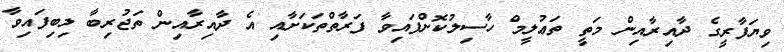
ވިޔަފާރީގެ ދާއިރާއިން މަތީ ތަޢުލީމް ހާސިލުކޮށްފައިވާ ފަރާތްތަކަށާއި އެ ދާއިރާއިން ތަޖުރިބާ ލިބިފައިވާ